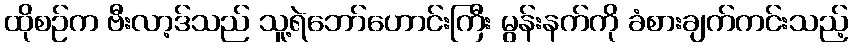
ထိုစဉ်က ဗီးလာ့ဒ်သည် သူ့ရဲဘော်ဟောင်းကြီး မွန်းနက်ကို ခံစားချက်ကင်းသည့်